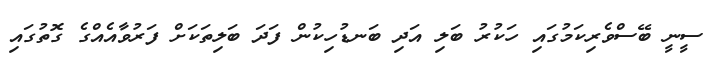
ސީނީ ބޭސްވެރިކަމުގައި ހަކުރު ބަލި އަދި ބަނޑުހިކުން ފަދަ ބަލިތަކަށް ފަރުވާއެއްގެ ގޮތުގައި